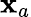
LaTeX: {\mathbf x}_{a}